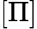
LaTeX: [\Pi]